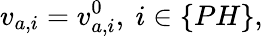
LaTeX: v_{a,i}=v_{a,i}^{0},\ i\in\{ PH\} ,